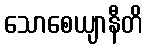
သောစေယျာနီတိ